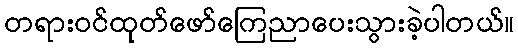
တရားဝင်ထုတ်ဖော်ကြေညာပေးသွားခဲ့ပါတယ်။